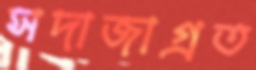
সদাজাগ্রত